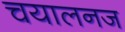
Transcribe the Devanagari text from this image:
चयालनज